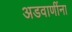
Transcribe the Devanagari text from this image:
अडवाणींना